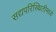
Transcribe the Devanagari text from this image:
सद्यपरिस्थितीमध्ये